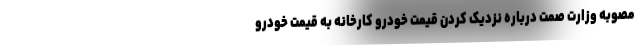
مصوبه وزارت صمت درباره نزدیک کردن قیمت خودرو کارخانه به قیمت خودرو